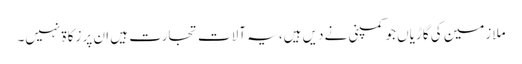
ملازمین کی گاڑیاں جو کمپنی نے دیں ہیں، یہ آلاتِ تجارت ہیں ان پر زکاۃ نہیں۔